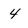
Character: 4